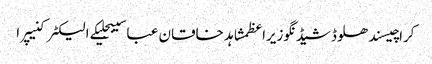
کراچیسندھلوڈشیڈنگوزیراعظمشاہد خاقان عباسیبجلیکے الیکٹرکنیپرا